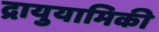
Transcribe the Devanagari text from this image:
द्रायुयामिकी